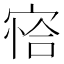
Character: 𰍍